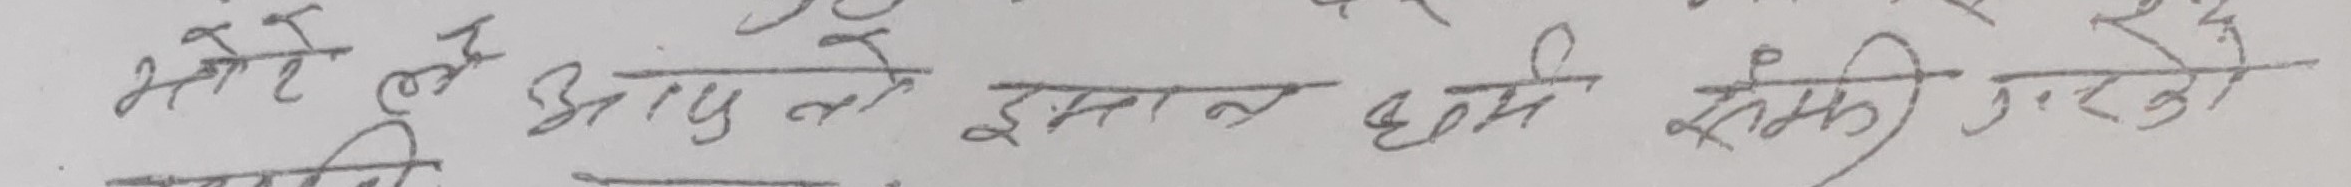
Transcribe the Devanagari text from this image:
भनेर लै आफुले ईमान धर्म सम्झी गरिने